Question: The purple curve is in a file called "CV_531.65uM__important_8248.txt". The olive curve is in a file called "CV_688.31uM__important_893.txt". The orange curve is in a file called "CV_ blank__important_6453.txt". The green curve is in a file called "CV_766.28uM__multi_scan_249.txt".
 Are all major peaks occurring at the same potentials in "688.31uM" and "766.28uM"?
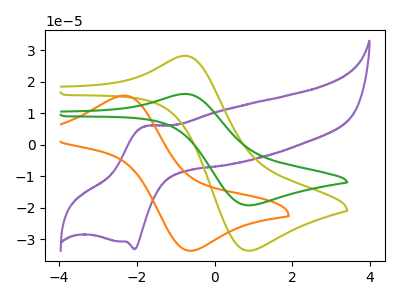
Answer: <think>The purple curve "531.65uM" has an anodic peak at (-1.85V, 5.75uA) and a cathodic peak at (-2.05V, -33.20uA). The olive curve "688.31uM" has an anodic peak at (-0.75V, 28.30uA) and a cathodic peak at (0.85V, -33.75uA). The orange curve " blank" has an anodic peak at (-2.35V, 15.65uA) and a cathodic peak at (-0.55V, -33.70uA). The green curve "766.28uM" has an anodic peak at (-0.75V, 16.20uA) and a cathodic peak at (0.85V, -19.30uA).</think>
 <answer>Yes, "688.31uM" have a peak in "766.28uM" at the same potential.</answer>
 <eval>match</eval>